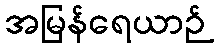
အမြန်ရေယာဉ်